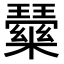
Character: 𭺒